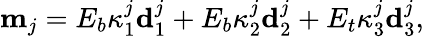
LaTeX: \mathbf{m}_{j}=E_{b}\kappa_{1}^{j}\mathbf{d}_{1}^{j}+E_{b}\kappa_{2}^{j}\mathbf{d}_{2}^{j}+E_{t}\kappa_{3}^{j}\mathbf{d}_{3}^{j},